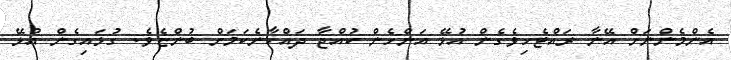
އެންމެންނަށް އޭނާ ރައްޓެހިވެގެން އުޅޭ އަންހެން ކުއްޖާ ދައްކާނެކަމަށް ބުންޏެވެ. ގުޅައިގެން އުޅޭ